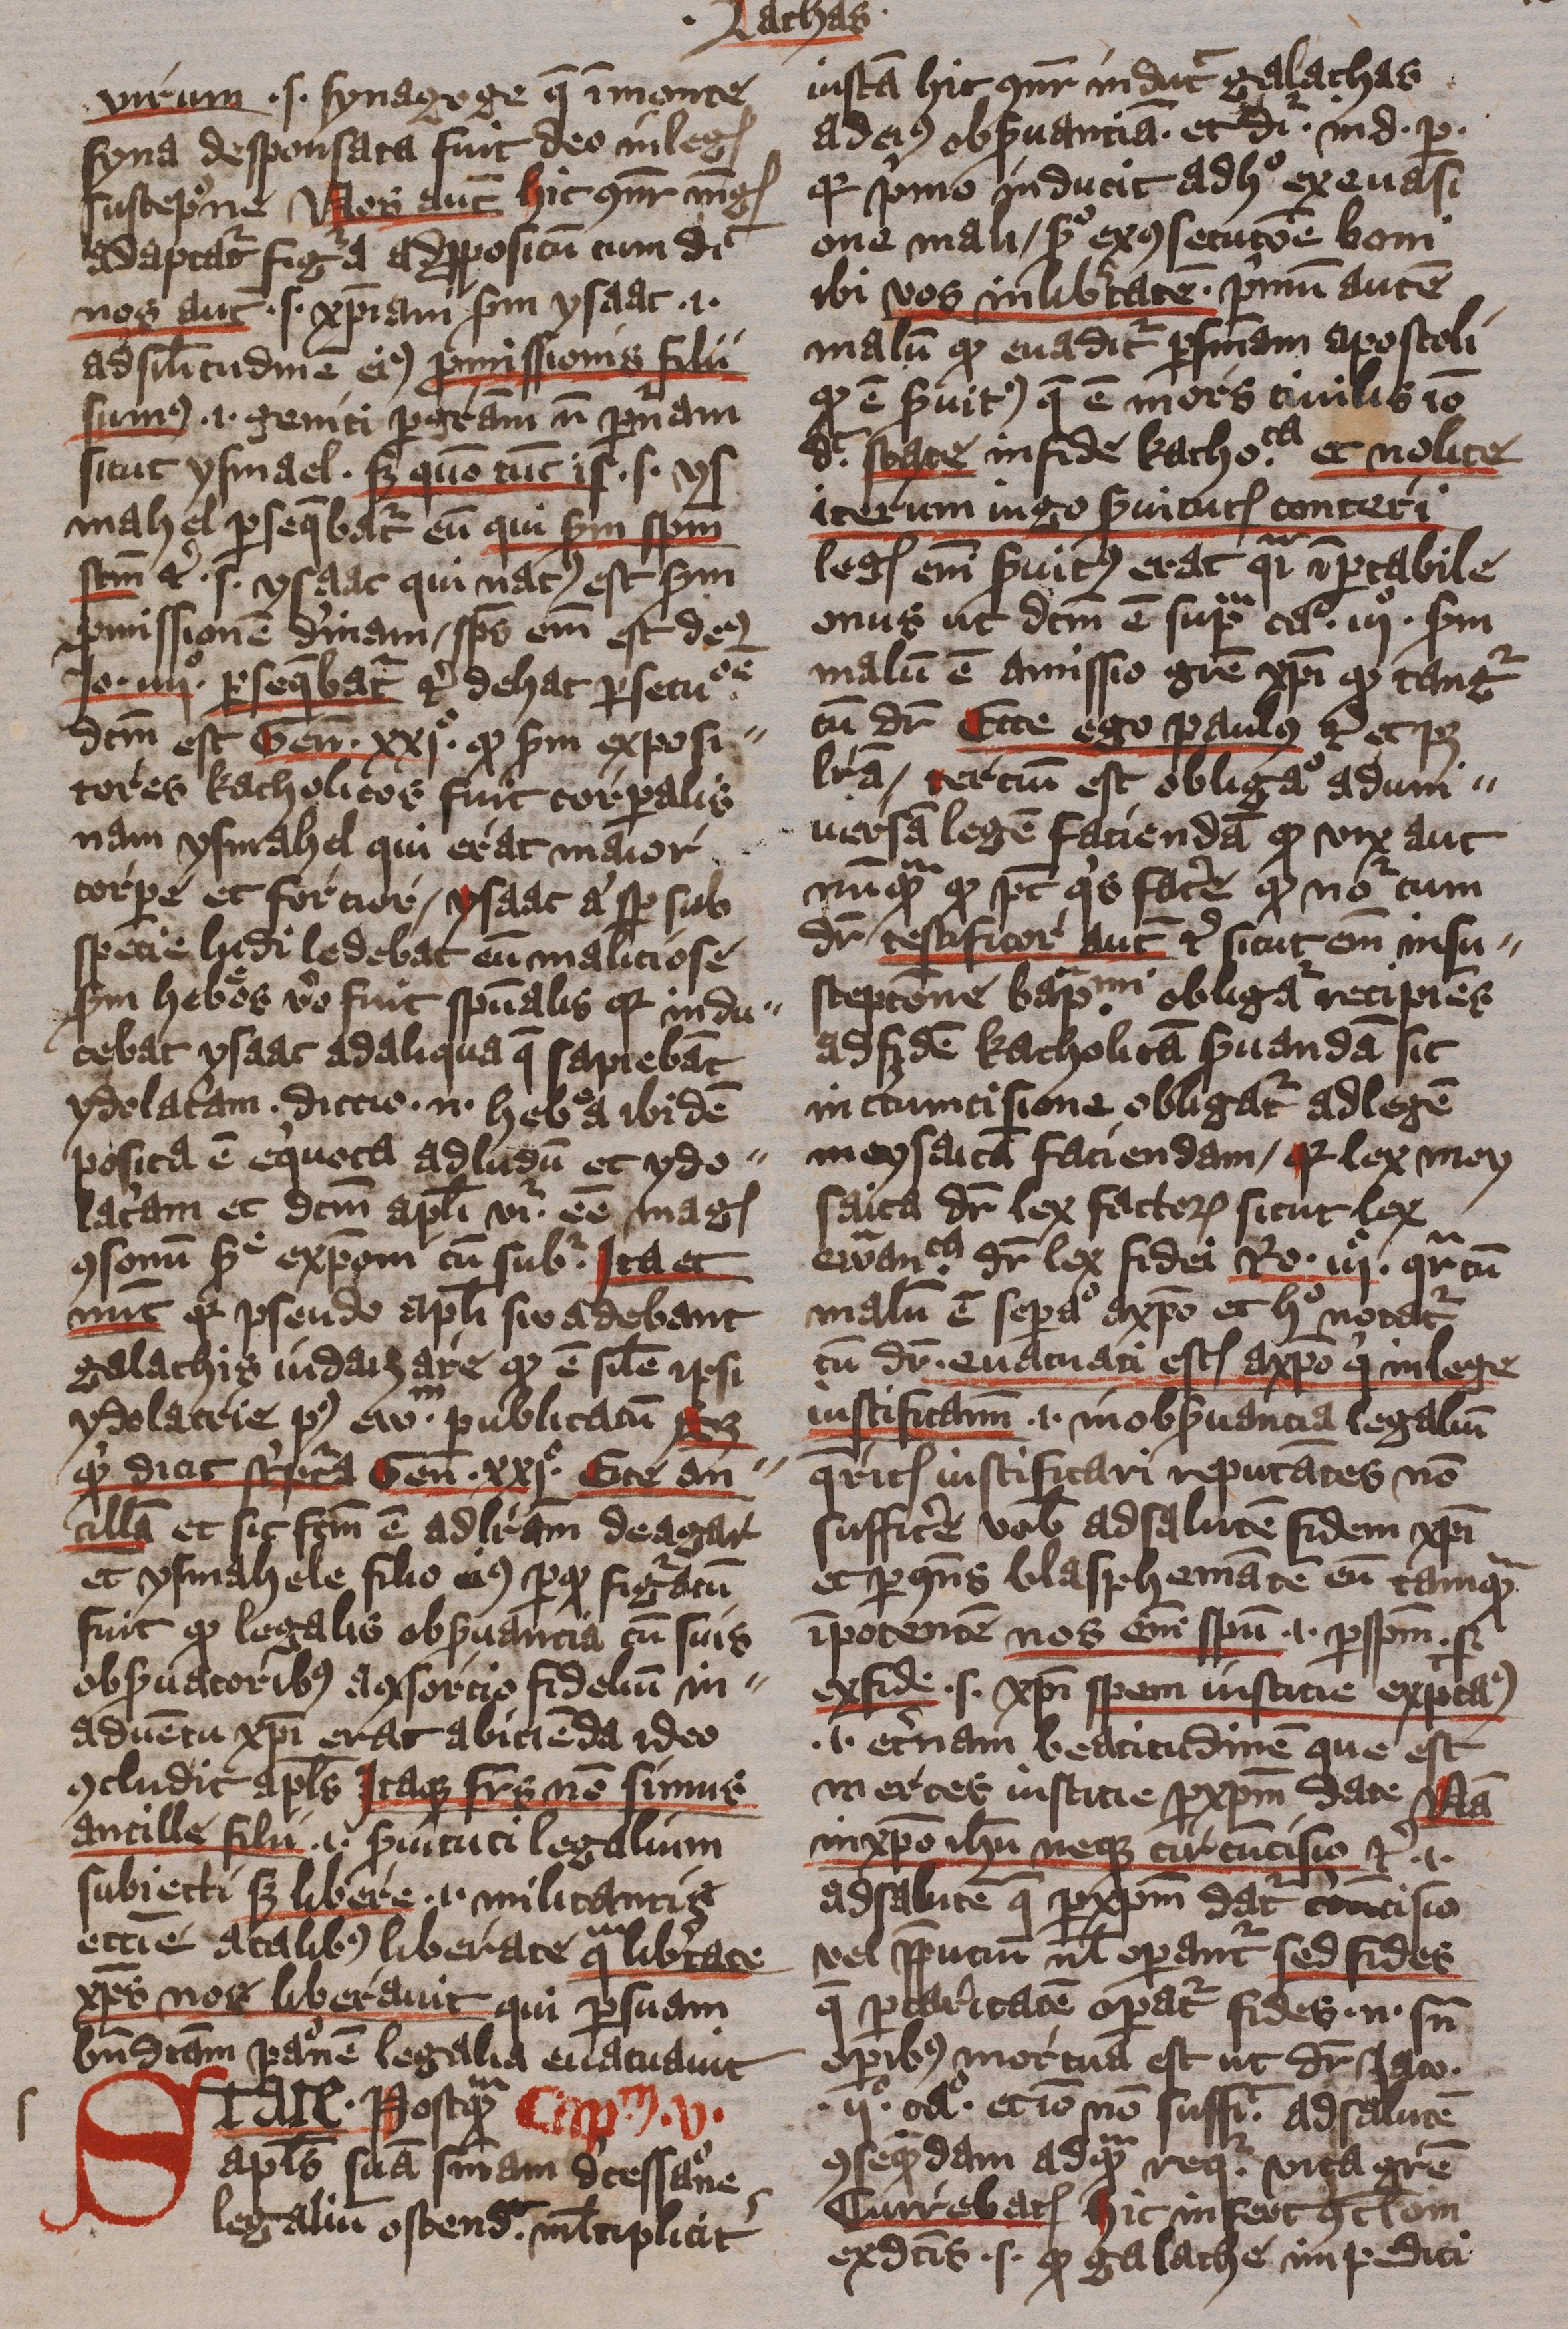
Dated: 1413–1415